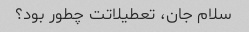
سلام جان، تعطیلاتت چطور بود؟